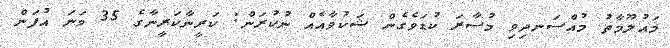
މައުލޫމާތު މުއްސަނދިވި މުސާރަ ކުޑަވެގެން ޝަކުވާއެއް ނުކުރަން: ކަރީނާކަރީނާގެ 35 ވަނަ އުފަން